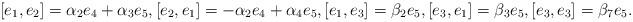
LaTeX: \begin{align*} [e_1, e_2]=\alpha_2e_4+ \alpha_3e_5, [e_2, e_1]=-\alpha_2e_4+\alpha_4e_5, [e_1, e_3]=\beta_2e_5, [e_3, e_1]=\beta_3e_5, [e_3, e_3]=\beta_7e_5.\end{align*}